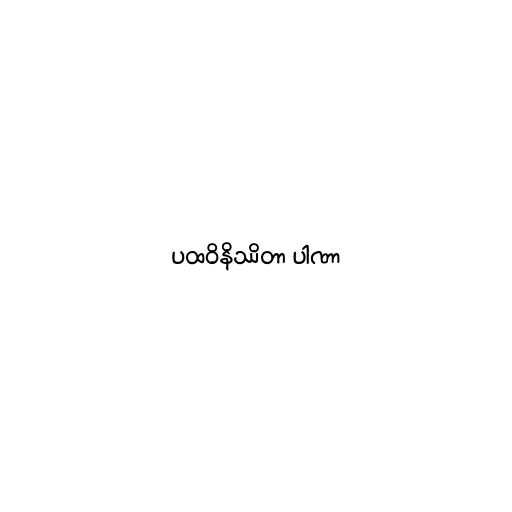
ပထဝိနိဿိတာ ပါဏာ